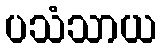
ပသံသာယ